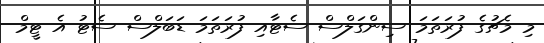
މި މެޗުގެ ފުރަތަމަ ސިންގަލްސް ސެޓާއި ފުރަތަމަ ޑަބަލްސް ސެޓު އެ ޓީމް